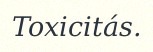
Toxicitás.